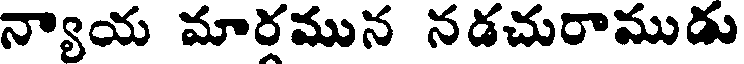
న్యాయ మారమున నడచురాముడు